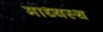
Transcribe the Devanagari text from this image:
माध्यस्थ